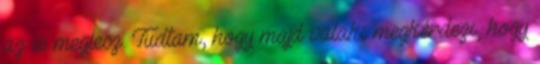
az is meglesz. Tudtam, hogy majd valaki megkérdezi, hogy